Tezpur Lunatic Asylum reports 1877-1894 - 1877-1894
Year: 1877
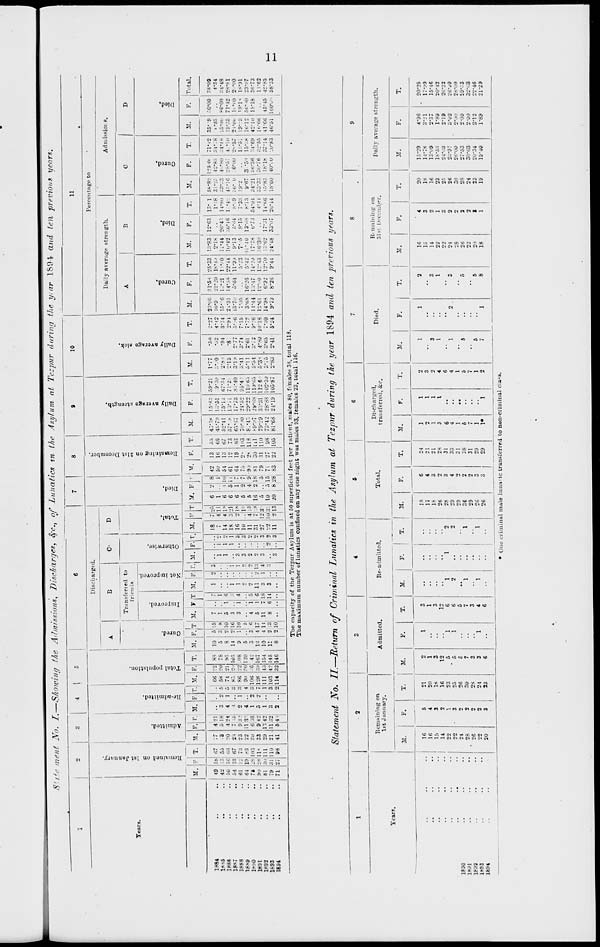
Siite ment No. I.—Sliowing the Admission*, Discharges, 8fc. } of Lunatics in the Asylum at Tezpur during the y.ar 189\ and ten previous years.
1
2
! ' 1 4 I 5
6
7
8
9
10
11
£
A
Discharged.
jz
1
JS
Percentage to
B
c- I D
Daily average strength.
Admi ?sioi F.
1-3
c
C
B
K
•6
a
5
a
o
p.
o
Pi
"3
o
H
is ft
frit
1
•o
5
.
P
c
o
be
fl
"3
S
«
to
>
d
t»
"3
P
M
O
no
>.
"3
a
Years.
a
o
| Trai
•ned to
mda.
s.
O
! T
*5
■3
A
1
B
C
D
a
•o •
<
I
l
> a
r*
o
P.
a
o
7"
•a
S3
5
-a*
o
o
T3
s
M. ■ • T. M. p. r. M. FJT. M. F. ,| K.
1
F. T M. T T M. ■' r.jM. F
IT. " T |V. FJ'- j, F. T. M. F. T. M. F. T. M. F. T. M. F. T. M. F. T. M. F. Total.
IBM
..
.. 1 49 18 67 -- 4 21
.. 66
88
10 5 15
7
7
1
2 3
18
•'5
6 2 8 42
13
55 43*38 15*83 59-21
1-77
•50
2*27 23*05 31*5S 25*33 l::*83 12-63 13* 1 5S-82 125 0( 71*42 35- 9 ••■ o-oo 38*08
1S*>5
42
:: 55 .3 5 18 3 0 S 58 :•" 78 5 :; • * 1
1
i
V
7
4 1.
1
1 5u
16
66 45*79 13*51
9*:su 3* JO
*.i2
4-12 10-9
22-20 lS-4.<
2*18
1*68 31*25 42*85 34';s
t -25
4-34
188S
50 16 66
20
4 24
4
1 S 74 21 95
8
2 10 5
1 6
l
14
4 i~
6
1 10 54
13
67 52*41 15*13 r.7-5i
2-8'
•94
3-74 15*^6 13*21 1 --0 U-44 26*43 l4*S(i 33*33 4' i*80 ;;4-4s 25*00 ^o-oo "4-48
18*7
54 ;>; 67 2 s i •;• )
:; 83 2<i 105 14 2 It; 3
1
i
1 18
3 :\ 6 5 i . 61 12 73 57" 8 13*71 71*-*. 2*13
•S:
2*91 2i-31 14*58 22-41 ltr-42 :;ti*i6 1.-4V 45*16 28*57 4."Ill 19-35 71*42 28*81
1888
61 12 7:1
23
9::.'
2
1 :■'. 86 22 .08
9
I Ki 3 1 ■1 1
i
3
3 16
\- 6 1
64
19
83 65*67 17*73 8;-40
3-l:i
2-77
5-,6 i3*7((
5*64 11-9.1
9*13
5*«4
8*:;9 : 6* 0 :o-iio 2s*57 2:-di. li-i'O 2. -00
l8*9
64 19 .-3
22 11 3"
4
i 90 ?0 120
5
•-
2
2
3
3 10
1
5
2 1 75
2- 1(13 7(CK> 21T>2 95-4!
:;-41
3-74
7-15
7*05
5-.'3
7-5
S-15
7 *3:: 19*2
13*51 19-3 '8-1-s 1S-91
IM'0
:» .- 103 "ii 6:;6 1 2 :; 06 .16 42 3 3 •; 4 1 5 2
2
2
2 11
4 ■ r >
5
4 9 ■9>)
28 118 8.*4~. 29*22 110(55
5*11
2-61
7-7?
3-6S 16*26
5*42 •>1*40 13*68
•••13
9*67 3 *50 15-:> 16*12 5OM0 23-o7
1891
:•■ 28 11<
33
9 42
5 2 7 28 39 167
13
1 17
5
1 6 11
l:;
2
2 31
7 - 16 2 is 81 30 111 h«l-:i7 2l»*68 119-rto 5-54 :;-72 9'.'6 11-14 13*47 14-.M 17-78 o*7.i 54-04 34*21 :st;-36 "4*69 42-10 18*18 3fi-73
1892
81 SO 111
29 1142
1
1 11 13 154
10
41t 11
7 18
3
1 4
3
3 27 12 3!'
*> ..| 5 79 31 110 79*29 33*31 112 8 ' 5*3*1 4-SO 10-18 12*61 12-.'0 12*43 36*30
4- II ;;;;-.":! ;;u-7« 32*55 1«*66
11-62
1893
79 :'■: 110 21 . 11:12 3
3,10.3 42 145
1!
2 13 8 6 li
3
;:
2 o 22 1, :,' 10 5 IS 71 27 98 73*42 28*88 102-30 3" 15 ' 3*65 7-40 , 14 -9S 6-92 12-7(1 13*62 17-.;i 14-C6 15*83 18*18 37-14 41-66 45-45 42*85
1881
71 27 98
41
6 4-i
2 •- 2114 32 146 8 2 10
3
;; 11 •' 13 20 8J28| 83 22 105 81-68 24*19 105-87 2-83 2*41 5-24 1 9-79 8-26 9-44 24*48 33"((7 20-44 lb-60 40-ai -0-83 46*51 ItiOM" 58-33
The capneity of the Tezpur Asylum is at 50 superficial feet per patient, males 80, fi males 38, total 118.
The Uih\iiuum number of lunatics confined on auy one night was mules 93, feu-alts 23, toiul 116.
Statement No. II—Return of Criminal Lunatics in the Asylum at Tezpur during the year 1894 and ten previous years.
1
2
3
4
5
6
7
8
9
Year?.
Remaining on
1st January.
Admitted.
Re-admitted.
Total.
Discharged,
transferred, &c.
Died.
Ri mnining on
31s' December.
Daily average strength.
M.
F.
T.
M.
P.
1
"l
1
"l
T.
M.
F.
T.
M.
F.
T.
M.
F.
X.
M.
F.
j
T.
11.
F.
T.
M.
F.
T.
1830
1891
1892
lh93
1894
•
16
16
15
14
22
22
24
28
26
22
20
5
4
3
2
3
2
2
2
3
21
20
18
16
23
25
26
30
2S
24
33
2
1
3
12
5
5
c
7
3
3
6
3
1
3
12
6
6
5
7
3
4
6
"l
2
"l
"l
"l
o
2
1
1
IS
17
18
26
•2S
29
29
36
29
26
26
6
4
3
2
3
4
2
2
3
24
21
21
28
31
33
31
38
31
29
29
1
2
1
6
4
1
5
7
1
!•
1
1
1
I
' 1
2
4
6
4
1
5
7
1
2
1
3
1
1
5
5
7
1
2
1
a
" 3
1
3
" 5
5
8
16
15
14
22
22
24
28
26
22
20
18
4
3
1
3
2
3
2
I
1
20
18
16
23
25
26
30
28
24
23
19
15-29
14-78
13-09
l8-5:i
24*03
2:;-97
26-00
27*53
30*63
20*34
19*40
4*96
3*21
2*37
1*89
2-19
3'02
2*00
2-00
2-00
2'12
1*89
20*25
17*99
15*46
20*42
26*22
26*J9
2h*ll0
59*.->3
32*(>3
22*46
21*29
Duo ciiuiinul male lunatic transferred to non-criminal class.